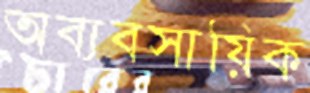
অব্যবসায়িক